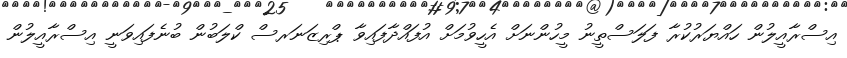
އިސްރާއީލުން ހައްޔަރުކުރާ ފަލަސްތީނު މީހުންނަށް އެހީވުމަށް އުފައްދާފައިވާ ޕްރިޒަނަރސް ކްލަބުން ބުނެފައިވަނީ އިސްރާއީލުން